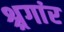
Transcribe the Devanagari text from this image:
श्र्रगांर